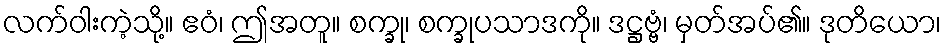
လက်ဝါးကဲ့သို့။ ဧဝံ၊ ဤအတူ။ စက္ခု၊ စက္ခုပသာဒကို။ ဒဋ္ဌဗ္ဗံ၊ မှတ်အပ်၏။ ဒုတိယော၊